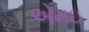
એમઇ